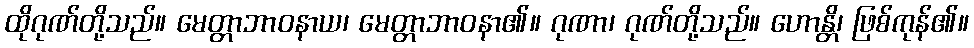
ထိုဂုဏ်တို့သည်။ မေတ္တာဘာဝနာယ၊ မေတ္တာဘာဝနာ၏။ ဂုဏာ၊ ဂုဏ်တို့သည်။ ဟောန္တိ၊ ဖြစ်ကုန်၏။